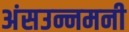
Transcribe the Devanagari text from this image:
अंसउन्नमनी